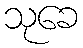
သုခေ